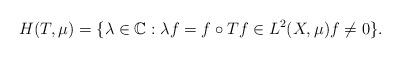
LaTeX: \begin{align*}H(T,\mu)=\{\lambda \in\mathbb{C}: \lambda f=f\circ T f\in L^2(X,\mu)f\neq 0\}.\end{align*}